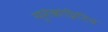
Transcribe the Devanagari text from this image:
न्यूरोकोग्निटिव